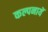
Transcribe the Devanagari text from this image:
कल्पनायें